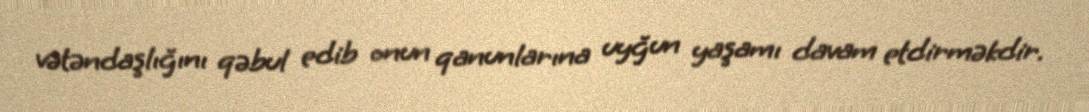
vətəndaşlığını qəbul edib onun qanunlarına uyğun yaşamı davam etdirməkdir.